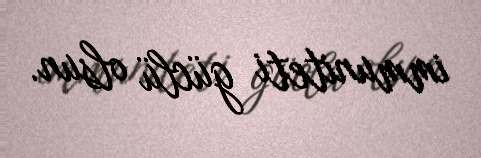
immuniteti güclü olsun.